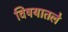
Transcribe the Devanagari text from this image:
विषयातले